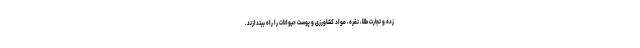
زده و تجارت طلا، نقره، مواد کشاورزی و پوست حیوانات را راه بیندازند.